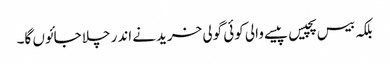
بلکہ بیس پچیس پیسے والی کوئی گولی خریدنے اندر چلا جائوں گا۔